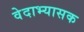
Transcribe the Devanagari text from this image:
वेदाभ्यासक